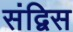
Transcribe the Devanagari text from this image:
संद्विस